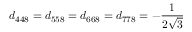
d _ { 4 4 8 } = d _ { 5 5 8 } = d _ { 6 6 8 } = d _ { 7 7 8 } = - { \frac { 1 } { 2 { \sqrt { 3 } } } }